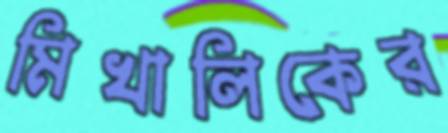
মিখালিকের